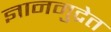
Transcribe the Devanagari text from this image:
ज्ञानमुद्रेत